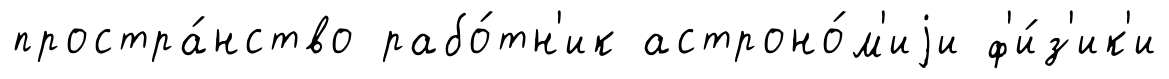
простра́нство рабо́тн'ик астроно́м'иjи ф'и́з'ик'и